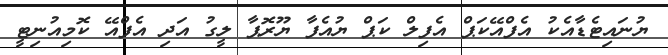
ޔުނައިޓެޑާއެކު އެފްއޭކަޕް އެފިލް ކަޕް ޔުއެފާ ޔޫރޮޕާ ލީގު އަދި އެފްއޭ ކޮމިއުނިޓީ